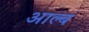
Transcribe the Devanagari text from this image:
आल्ब